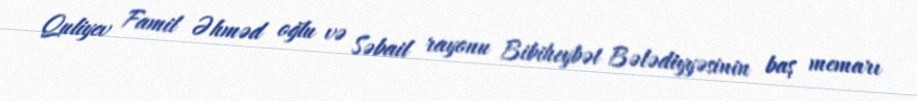
Quliyev Famil Əhməd oğlu və Səbail rayonu Bibiheybət Bələdiyyəsinin baş memarı